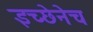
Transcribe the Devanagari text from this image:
इच्छेनेच